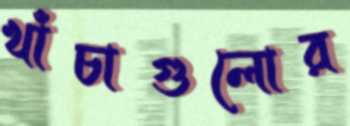
খাঁচাগুলোর